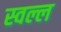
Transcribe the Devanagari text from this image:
स्वल्ल